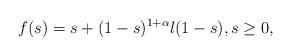
LaTeX: \begin{align*} f(s)= s + (1-s)^{1+ \alpha} l(1-s),s\geq 0,\end{align*}